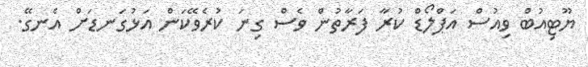
ޔޫޓިއުބް ވިއުސް އަޕްލޯޑް ކުރާ ފަރާތުން ވެސް ގިނަ ކުރެވޭކަން އަޅުގަނޑަށް އެނގޭ.